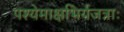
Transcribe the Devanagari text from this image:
पश्येमाक्षभिर्यजत्राः